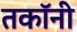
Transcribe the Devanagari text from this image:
तकॉनी